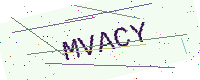
Text: MVACY